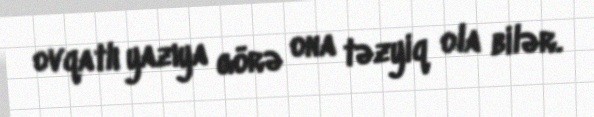
ovqatlı yazıya görə ona təzyiq ola bilər.